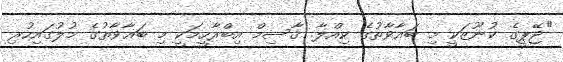
"ޖޭޕީގެ ކުނޫޒަކީ މި ބަޣާވާތުގެ ކިއްލާ. ޤާސިމް އިބްރާހީމަކީ މި ބަޣާވާތުގެ މުލުގައިހުރި